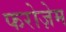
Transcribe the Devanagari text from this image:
फरोज़ेम